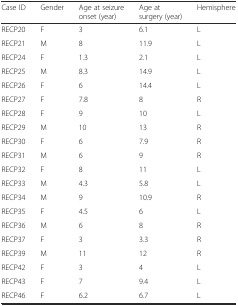
| Case ID | Gender | Age at seizure onset (year) | Age at surgery (year) | Hemisphere |
 | --- | --- | --- | --- | --- |
 | RECP20 | F | 3 | 6.1 | L |
 | RECP21 | M | 8 | 11.9 | L |
 | RECP24 | F | 1.3 | 2.1 | L |
 | RECP25 | M | 8.3 | 14.9 | L |
 | RECP26 | F | 6 | 14.4 | L |
 | RECP27 | F | 7.8 | 8 | R |
 | RECP28 | F | 9 | 10 | L |
 | RECP29 | M | 10 | 13 | R |
 | RECP30 | F | 6 | 7.9 | R |
 | RECP31 | M | 6 | 9 | R |
 | RECP32 | F | 8 | 11 | L |
 | RECP33 | M | 4.3 | 5.8 | L |
 | RECP34 | M | 9 | 10.9 | R |
 | RECP35 | F | 4.5 | 6 | L |
 | RECP36 | M | 6 | 8 | R |
 | RECP37 | F | 3 | 3.3 | R |
 | RECP39 | M | 11 | 12 | R |
 | RECP42 | F | 3 | 4 | L |
 | RECP43 | F | 7 | 9.4 | L |
 | RECP46 | F | 6.2 | 6.7 | L |